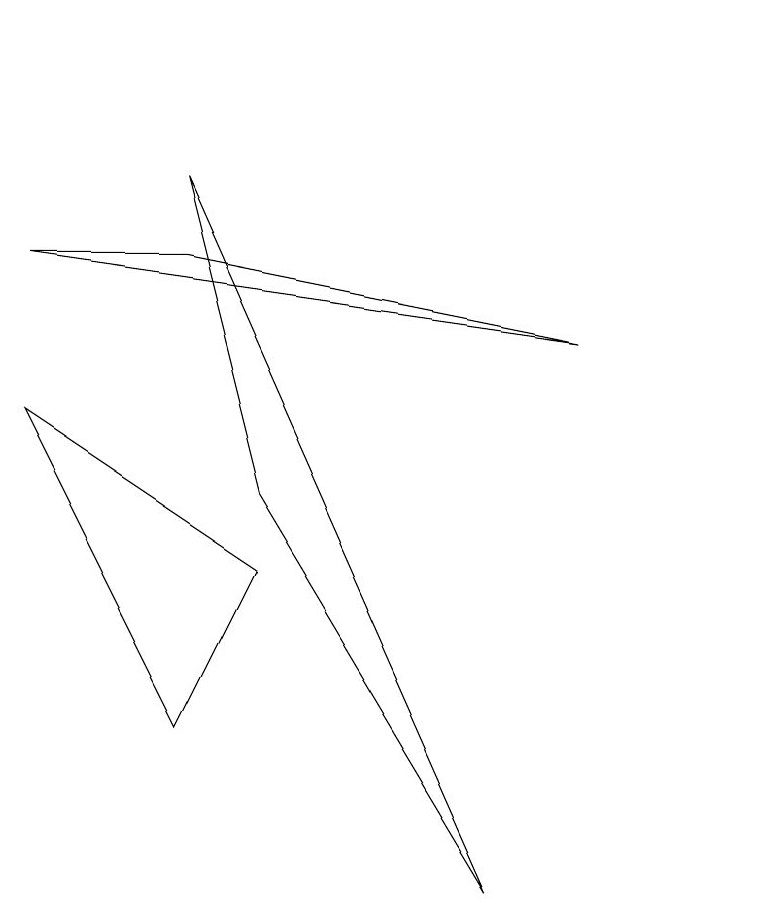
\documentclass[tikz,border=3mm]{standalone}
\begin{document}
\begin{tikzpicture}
\draw (10,11) circle (0);
\draw (3,8) -- (1,8) -- (8,7) -- cycle;
\draw (7,0) -- (3,9) -- (4,5) -- cycle;
\draw (10,11) circle (0);
\draw (1,6) -- (3,2) -- (4,4) -- cycle;
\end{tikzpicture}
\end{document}